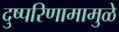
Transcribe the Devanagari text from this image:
दुष्परिणामामुळे